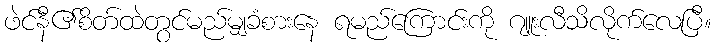
ဖဲင်နီ၏စိတ်ထဲတွင်မည်မျှခံစားနေ ရမည်ကြောင်းကို ဂျူးလီသိလိုက်လေပြီ။